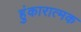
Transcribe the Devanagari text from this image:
हुंकारात्मक